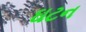
ઘટન